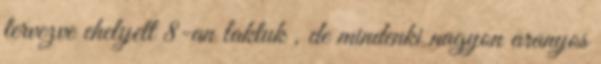
tervezve ehelyett 8-an laktuk , de mindenki nagyon aranyos